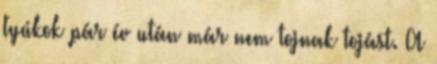
tyúkok pár év után már nem tojnak tojást. A